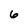
Character: 6